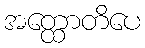
အတ္ထောတိပေ